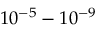
1 0 ^ { - 5 } - 1 0 ^ { - 9 }